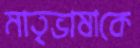
মাতৃভাষাকে